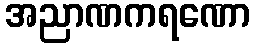
အညာဏကရဏော